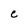
Character: e